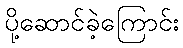
ပို့ဆောင်ခဲ့ကြောင်း